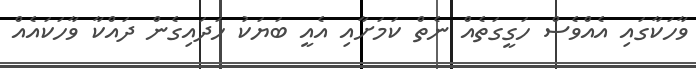
ވާހަކާގައި އެއްވެސް ހަގީގަތެއް ނެތް ކަމަށާއި އެއީ ބަޔަކު ހަދައިގެން ދައްކާ ވާހަކައެއް